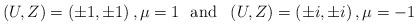
LaTeX: \begin{align*}\left( U,Z\right) =\left( \pm1,\pm1\right) ,\mu=1\text{ \ and\ \ }\left( U,Z\right) =\left( \pm i,\pm i\right) ,\mu=-1\end{align*}